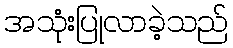
အသုံးပြုလာခဲ့သည်